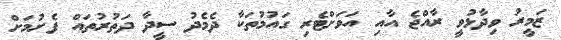
ޒަމީރު ވިދާޅުވީ ރާއްޖެ އާއި އަވަށްޓެރި ގައުމުތަކާ ދެމެދު ސީދާ ދަތުރުތައް ފެށުމަށް